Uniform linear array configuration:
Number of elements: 64
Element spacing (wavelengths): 0.75
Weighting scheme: uniform
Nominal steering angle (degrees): -60
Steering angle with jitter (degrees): -58.329
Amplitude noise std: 0.05
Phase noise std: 0.05

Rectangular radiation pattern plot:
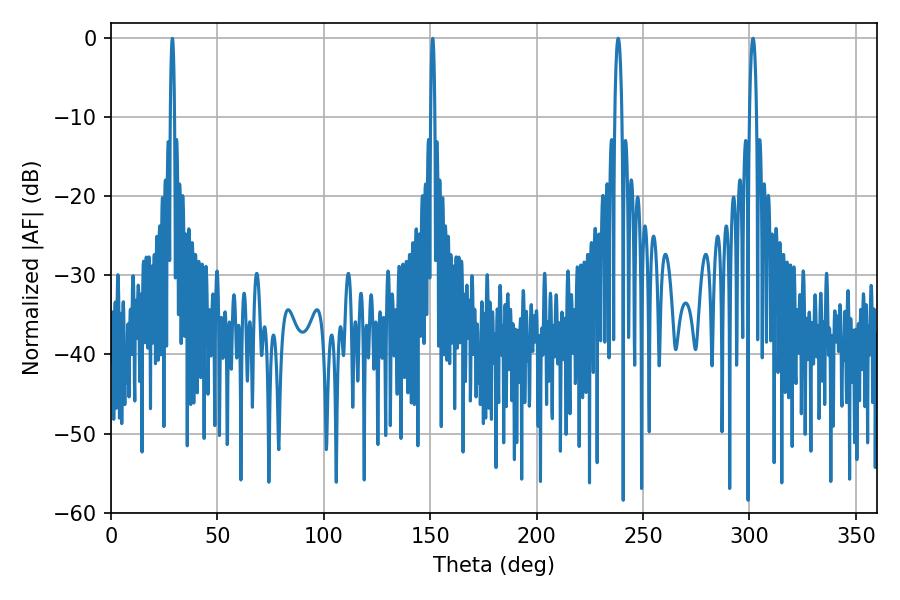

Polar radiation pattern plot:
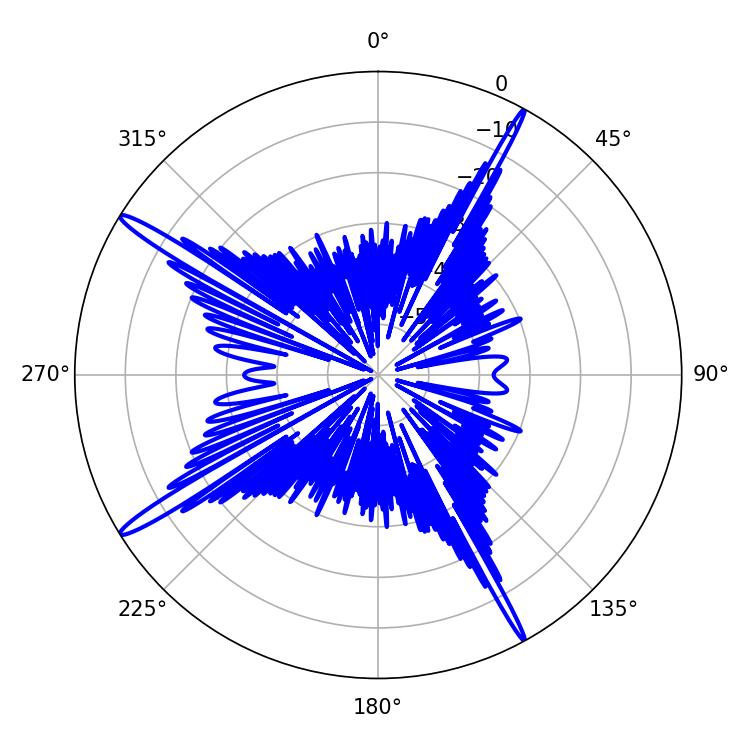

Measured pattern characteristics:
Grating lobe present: TRUE
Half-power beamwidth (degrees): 1.8
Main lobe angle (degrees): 238.32